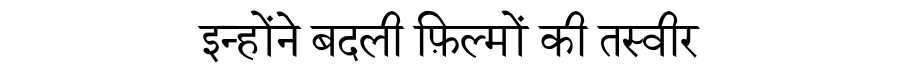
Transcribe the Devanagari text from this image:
इन्होंने बदली फ़िल्मों की तस्वीर